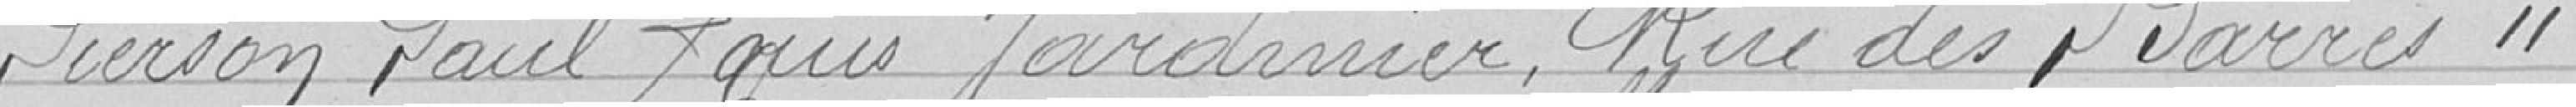
Pierson Paul Louis, jardinier, Rue des Barres 11